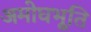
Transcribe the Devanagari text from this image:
अमोघभूति